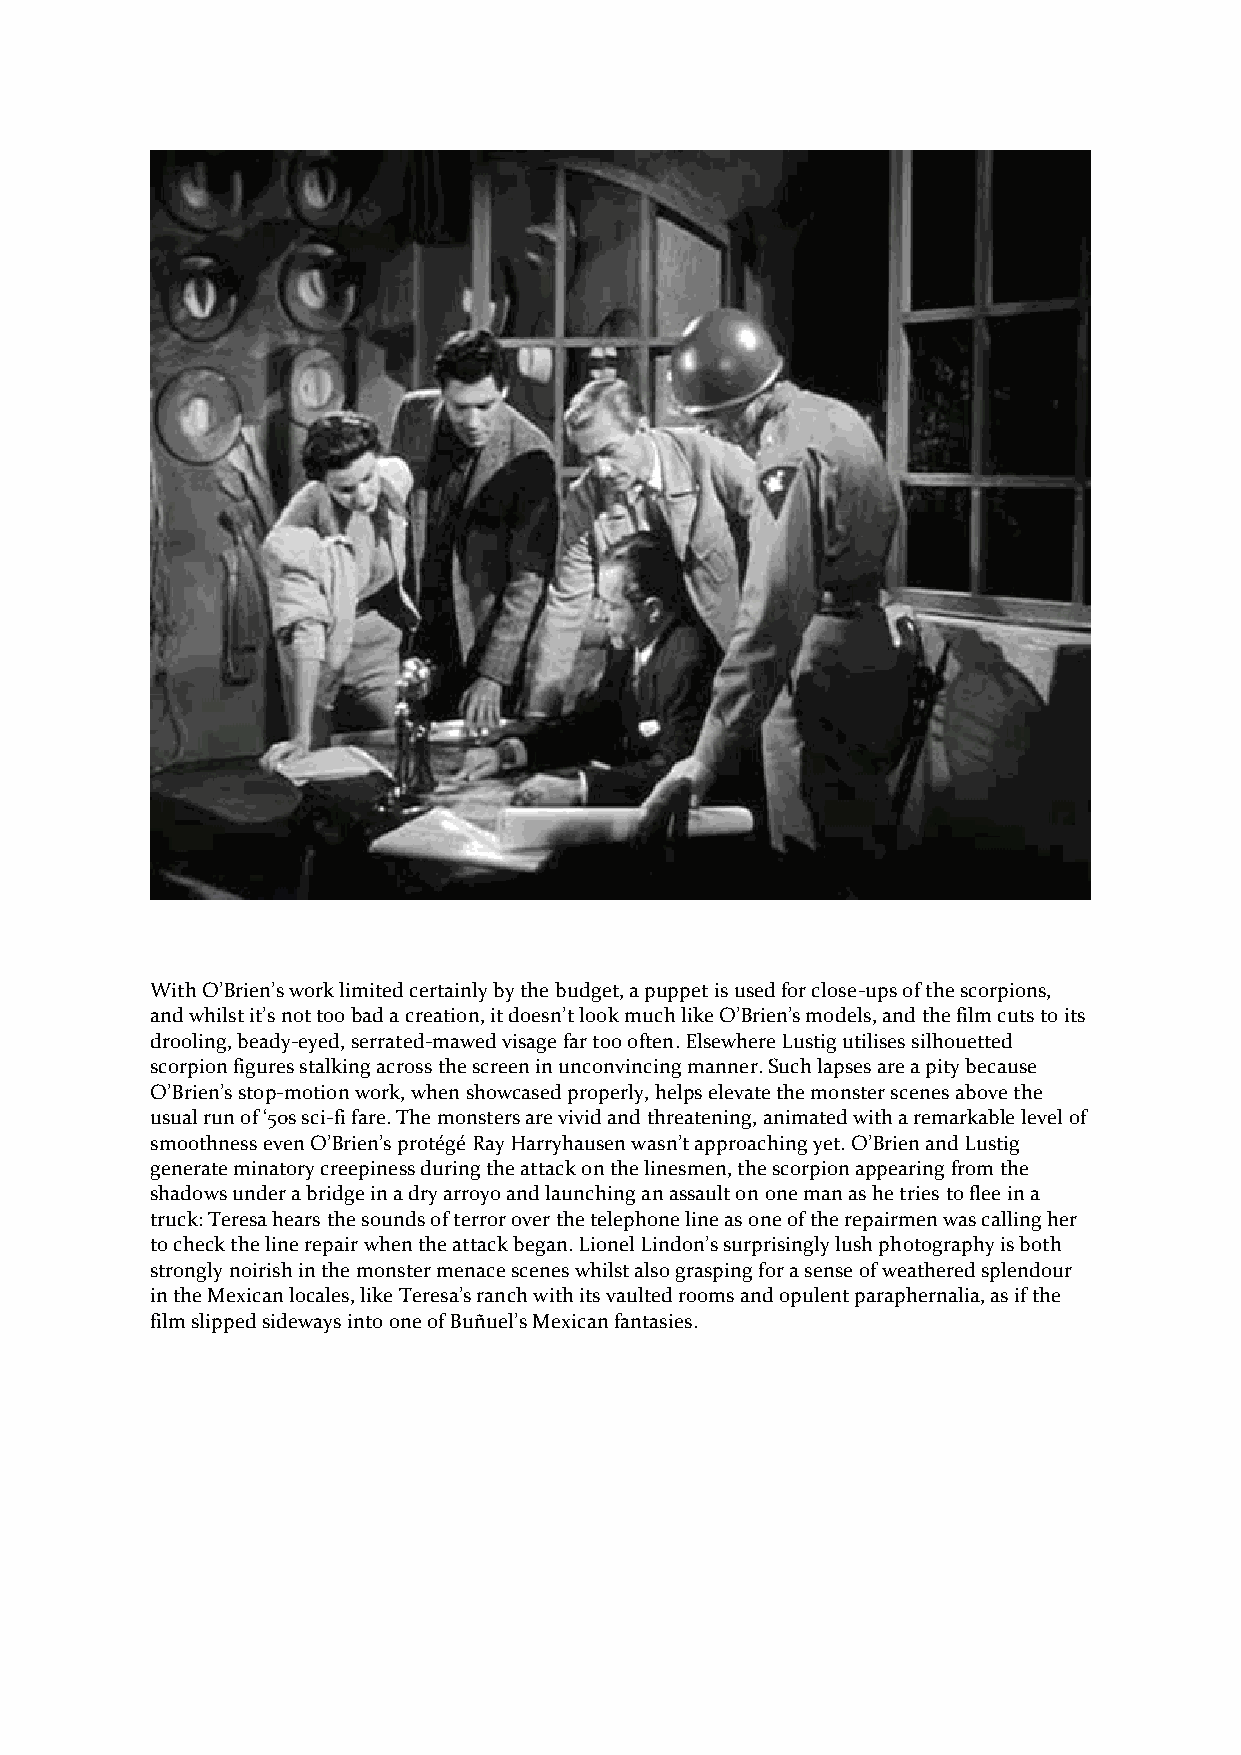
With O’Brien’s work limited certainly by the budget, a puppet is used for close-ups of the scorpions,
 and whilst it’s not too bad a creation, it doesn’t look much like O’Brien’s models, and the film cuts to its
 drooling, beady-eyed, serrated-mawed visage far too often. Elsewhere Lustig utilises silhouetted
 scorpion figures stalking across the screen in unconvincing manner. Such lapses are a pity because
 O’Brien’s stop-motion work, when showcased properly, helps elevate the monster scenes above the
 usual run of ‘50s sci-fi fare. The monsters are vivid and threatening, animated with a remarkable level of
 smoothness even O’Brien’s protégé Ray Harryhausen wasn’t approaching yet. O’Brien and Lustig
 generate minatory creepiness during the attack on the linesmen, the scorpion appearing from the
 shadows under a bridge in a dry arroyo and launching an assault on one man as he tries to flee in a
 truck: Teresa hears the sounds of terror over the telephone line as one of the repairmen was calling her
 to check the line repair when the attack began. Lionel Lindon’s surprisingly lush photography is both
 strongly noirish in the monster menace scenes whilst also grasping for a sense of weathered splendour
 in the Mexican locales, like Teresa’s ranch with its vaulted rooms and opulent paraphernalia, as if the
 film slipped sideways into one of Buñuel’s Mexican fantasies.